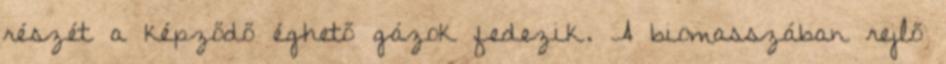
részét a képződő éghető gázok fedezik. A biomasszában rejlő